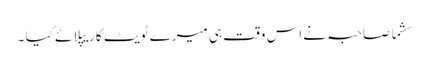
سشما صاحبہ نے اس وقت ہی میرے ٹویٹ کا ریپلائے کیا ۔